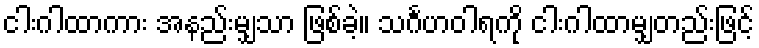
ငါးဂါထာကား အနည်းမျှသာ ဖြစ်ခဲ့။ သင်္ဂဟဝါရကို ငါးဂါထာမျှတည်းဖြင့်